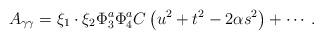
LaTeX: \begin{align*}A_{\gamma\gamma} = \xi_1 \cdot \xi_2 \Phi_3^a \Phi_4^a C \left(u^2+t^2 -2\alpha s^2\right) +\cdots.\end{align*}